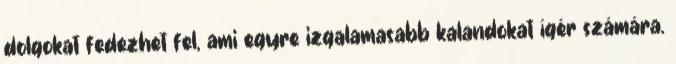
dolgokat fedezhet fel, ami egyre izgalamasabb kalandokat ígér számára.